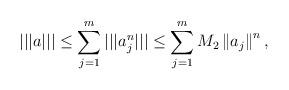
LaTeX: \begin{align*}\vert\vert\vert a\vert\vert\vert\le\sum_{j=1}^m\vert\vert\vert a_j^n \vert\vert\vert\le\sum_{j=1}^m M_2 \left\Vert a_j \right\Vert^n,\end{align*}